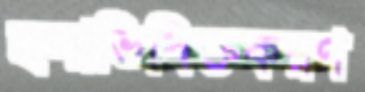
স্থলাভিষিক্তকরণ